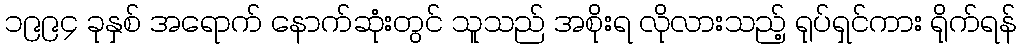
၁၉၉၄ ခုနှစ် အရောက် နောက်ဆုံးတွင် သူသည် အစိုးရ လိုလားသည့် ရုပ်ရှင်ကား ရိုက်ရန်